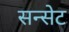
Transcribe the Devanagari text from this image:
सन्सेट